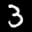
Label: 3